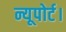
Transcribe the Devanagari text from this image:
न्यूपोर्ट।